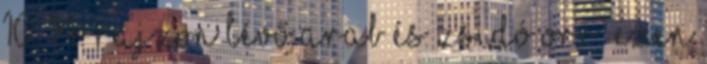
10. 14. rajzon lévő arab és zsidó orr. Ezen